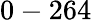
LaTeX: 0-264